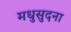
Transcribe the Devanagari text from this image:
मधुसुदना